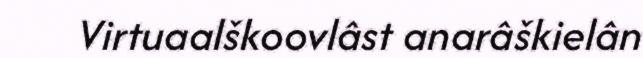
Virtuaalškoovlâst anarâškielân